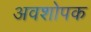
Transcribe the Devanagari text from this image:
अवशोपक